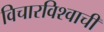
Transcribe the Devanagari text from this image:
विचारविश्वाची